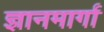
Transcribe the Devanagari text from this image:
ज्ञानमार्गा